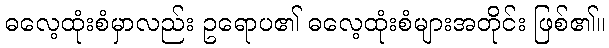
ဓလေ့ထုံးစံမှာလည်း ဥရောပ၏ ဓလေ့ထုံးစံများအတိုင်း ဖြစ်၏။